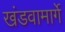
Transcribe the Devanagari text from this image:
खंडवामार्गे